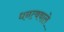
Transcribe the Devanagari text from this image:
धनत्ववाले